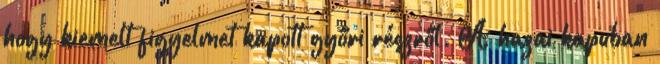
hogy kiemelt figyelmet kapott győri részről. A hazai kapuban